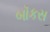
બૉકસ